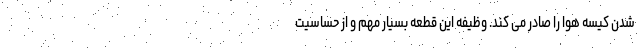
شدن کیسه هوا را صادر می کند. وظیفه این قطعه بسیار مهم و از حساسیت